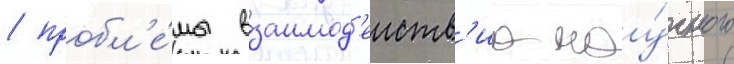
/ пробл'е́мы взаимод'еиств'иа нау́чного